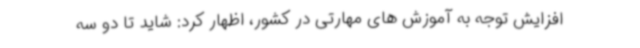
افزایش توجه به آموزش های مهارتی در کشور، اظهار کرد: شاید تا دو سه